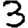
Digit: 3